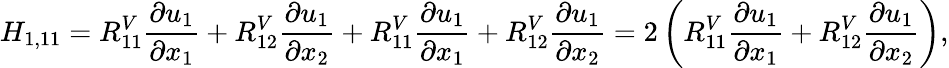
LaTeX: H_{1,11}=R_{11}^{V}\frac{\partial u_{1}}{\partial x_{1}}+R_{12}^{V}\frac{\partial u_{1}}{\partial x_{2}}+R_{11}^{V}\frac{\partial u_{1}}{\partial x_{1}}+R_{12}^{V}\frac{\partial u_{1}}{\partial x_{2}}=2\left(R_{11}^{V}\frac{\partial u_{1}}{\partial x_{1}}+R_{12}^{V}\frac{\partial u_{1}}{\partial x_{2}}\right),